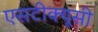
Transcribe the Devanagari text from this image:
एसटीक्यूसी